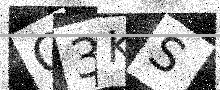
Text: O3KS